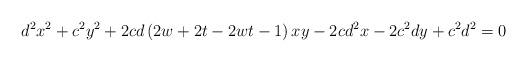
LaTeX: \begin{align*}d^{2}x^{2}+c^{2}y^{2}+2cd\left( 2w+2t-2wt-1\right)xy-2cd^{2}x-2c^{2}dy+c^{2}d^{2}=0 \end{align*}